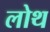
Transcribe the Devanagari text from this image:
लोथ